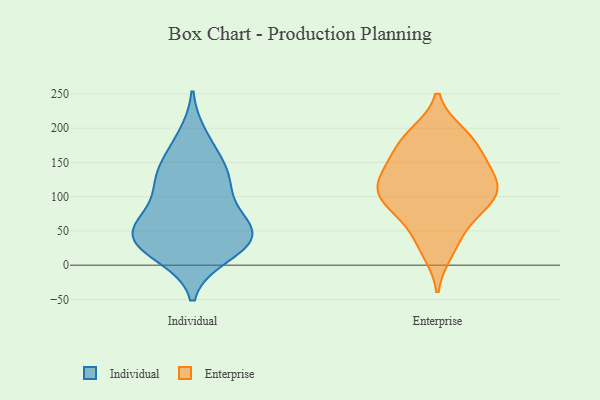
{"axis": {"x": "Page Views", "y": "Value"}, "legend": ["Enterprise", "Individual"], "data": [{"x": "", "y": 123, "type": "Individual"}, {"x": "", "y": 160, "type": "Individual"}, {"x": "", "y": 33, "type": "Individual"}, {"x": "", "y": 128, "type": "Individual"}, {"x": "", "y": 44, "type": "Individual"}, {"x": "", "y": 46, "type": "Individual"}, {"x": "", "y": 104, "type": "Individual"}, {"x": "", "y": 15, "type": "Individual"}, {"x": "", "y": 38, "type": "Individual"}, {"x": "", "y": 53, "type": "Individual"}, {"x": "", "y": 58, "type": "Individual"}, {"x": "", "y": 132, "type": "Individual"}, {"x": "", "y": 70, "type": "Individual"}, {"x": "", "y": 21, "type": "Individual"}, {"x": "", "y": 187, "type": "Individual"}, {"x": "", "y": 20, "type": "Enterprise"}, {"x": "", "y": 84, "type": "Enterprise"}, {"x": "", "y": 183, "type": "Enterprise"}, {"x": "", "y": 155, "type": "Enterprise"}, {"x": "", "y": 117, "type": "Enterprise"}, {"x": "", "y": 143, "type": "Enterprise"}, {"x": "", "y": 106, "type": "Enterprise"}, {"x": "", "y": 191, "type": "Enterprise"}, {"x": "", "y": 72, "type": "Enterprise"}, {"x": "", "y": 41, "type": "Enterprise"}, {"x": "", "y": 97, "type": "Enterprise"}, {"x": "", "y": 183, "type": "Enterprise"}, {"x": "", "y": 141, "type": "Enterprise"}, {"x": "", "y": 116, "type": "Enterprise"}, {"x": "", "y": 104, "type": "Enterprise"}]}